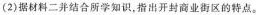
(2)据材料二并结合所学知识，指出开封商业街区的特点。